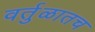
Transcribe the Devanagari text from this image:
वर्तुळातच